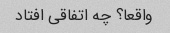
واقعا؟ چه اتفاقی افتاد